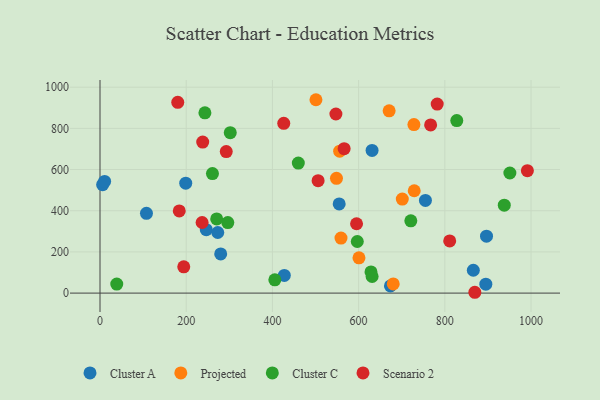
{"axis": {"x": "Ad Spend", "y": "Sales"}, "legend": ["Cluster A", "Cluster C", "Projected", "Scenario 2"], "data": [{"x": "631.2", "y": 693.1, "type": "Cluster A"}, {"x": "246.6", "y": 307.9, "type": "Cluster A"}, {"x": "755.0", "y": 450.1, "type": "Cluster A"}, {"x": "895.1", "y": 43.5, "type": "Cluster A"}, {"x": "554.9", "y": 433.3, "type": "Cluster A"}, {"x": "6.1", "y": 526.4, "type": "Cluster A"}, {"x": "673.8", "y": 34.7, "type": "Cluster A"}, {"x": "280.0", "y": 190.1, "type": "Cluster A"}, {"x": "198.9", "y": 533.9, "type": "Cluster A"}, {"x": "427.6", "y": 86.0, "type": "Cluster A"}, {"x": "896.7", "y": 276.7, "type": "Cluster A"}, {"x": "866.1", "y": 110.9, "type": "Cluster A"}, {"x": "107.8", "y": 387.6, "type": "Cluster A"}, {"x": "273.2", "y": 294.4, "type": "Cluster A"}, {"x": "10.7", "y": 542.4, "type": "Cluster A"}, {"x": "670.8", "y": 885.5, "type": "Projected"}, {"x": "556.0", "y": 689.4, "type": "Projected"}, {"x": "501.0", "y": 939.2, "type": "Projected"}, {"x": "728.3", "y": 818.5, "type": "Projected"}, {"x": "680.3", "y": 44.5, "type": "Projected"}, {"x": "548.6", "y": 557.5, "type": "Projected"}, {"x": "559.1", "y": 267.2, "type": "Projected"}, {"x": "600.8", "y": 171.3, "type": "Projected"}, {"x": "729.0", "y": 497.0, "type": "Projected"}, {"x": "701.3", "y": 456.6, "type": "Projected"}, {"x": "460.1", "y": 631.3, "type": "Cluster C"}, {"x": "260.9", "y": 580.3, "type": "Cluster C"}, {"x": "937.9", "y": 427.2, "type": "Cluster C"}, {"x": "302.2", "y": 779.3, "type": "Cluster C"}, {"x": "38.9", "y": 44.0, "type": "Cluster C"}, {"x": "827.7", "y": 838.1, "type": "Cluster C"}, {"x": "405.6", "y": 64.4, "type": "Cluster C"}, {"x": "628.7", "y": 102.9, "type": "Cluster C"}, {"x": "270.7", "y": 360.4, "type": "Cluster C"}, {"x": "596.9", "y": 250.7, "type": "Cluster C"}, {"x": "950.9", "y": 583.4, "type": "Cluster C"}, {"x": "243.4", "y": 875.7, "type": "Cluster C"}, {"x": "631.3", "y": 80.6, "type": "Cluster C"}, {"x": "721.1", "y": 350.9, "type": "Cluster C"}, {"x": "296.5", "y": 342.5, "type": "Cluster C"}, {"x": "194.3", "y": 127.8, "type": "Scenario 2"}, {"x": "180.4", "y": 926.4, "type": "Scenario 2"}, {"x": "767.0", "y": 817.0, "type": "Scenario 2"}, {"x": "595.2", "y": 336.8, "type": "Scenario 2"}, {"x": "506.0", "y": 546.2, "type": "Scenario 2"}, {"x": "869.6", "y": 4.0, "type": "Scenario 2"}, {"x": "292.9", "y": 687.2, "type": "Scenario 2"}, {"x": "782.3", "y": 918.1, "type": "Scenario 2"}, {"x": "547.3", "y": 869.9, "type": "Scenario 2"}, {"x": "991.5", "y": 594.7, "type": "Scenario 2"}, {"x": "236.9", "y": 342.8, "type": "Scenario 2"}, {"x": "183.9", "y": 399.2, "type": "Scenario 2"}, {"x": "811.3", "y": 253.2, "type": "Scenario 2"}, {"x": "426.3", "y": 824.4, "type": "Scenario 2"}, {"x": "566.4", "y": 701.5, "type": "Scenario 2"}, {"x": "238.3", "y": 733.3, "type": "Scenario 2"}]}